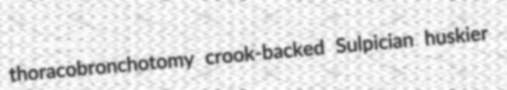
thoracobronchotomy crook-backed Sulpician huskier